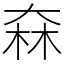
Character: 㚞